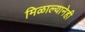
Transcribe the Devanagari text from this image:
मिळाल्यानेही